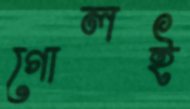
গোলই